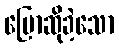
ပြောဆိုခဲ့သော